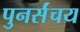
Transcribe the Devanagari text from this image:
पुनर्संचय